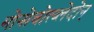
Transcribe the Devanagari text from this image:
मोनोचोत्य्लेदोन्